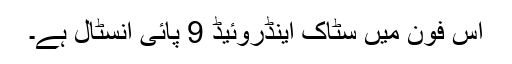
اس فون میں سٹاک اینڈروئیڈ 9 پائی انسٹال ہے۔